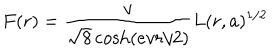
LaTeX: F ( r ) = \frac { v } { \sqrt 8 \cosh ( e v r / 2 ) } L ( r , a ) ^ { 1 / 2 }